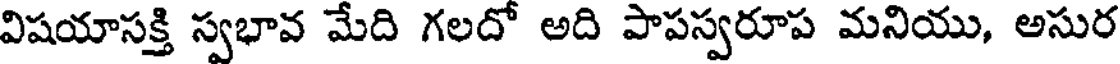
విషయాసక్తి స్వభావ మేది గలదో అది పాపస్వరూప మనియు, అసుర